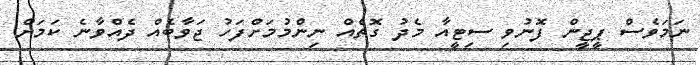
ނަމަވެސް ޕީޖީން ފޮނުވި ސިޓީއާ މެދު ގޮތެއް ނިންމުމަށްފަހު ޖަވާބެއް ދެއްވާނެ ކަމަށް